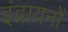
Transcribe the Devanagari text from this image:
इंद्रायनों